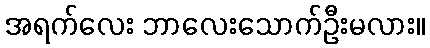
အရက်လေး ဘာလေးသောက်ဦးမလား။